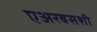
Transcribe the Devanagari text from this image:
एअरबसशी